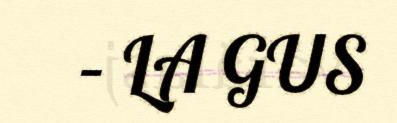
– LA GUS